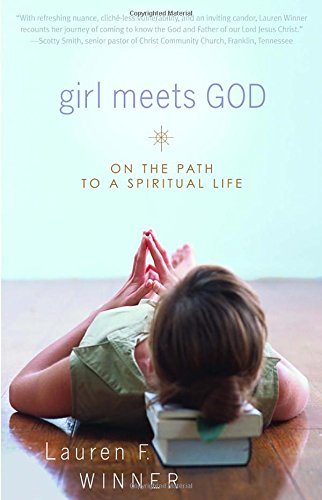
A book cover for Girl Meets God: On the Path to a Spiritual Life; Lauren Winner; Biographies & Memoirs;